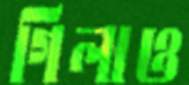
গিলাও